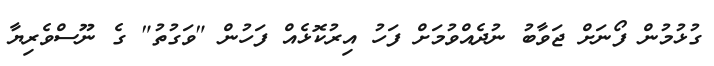
ގުޅުމުން ފޯނަށް ޖަވާބު ނުދެއްވުމަށް ފަހު އިރުކޮޅެއް ފަހުން "ވަގުތު" ގެ ނޫސްވެރިޔާ